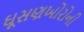
ઘૂસણખોરોની